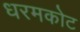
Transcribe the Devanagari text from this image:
धरमकोट